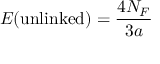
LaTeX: E ( \mathrm { u n l i n k e d } ) = { \frac { 4 N _ { F } } { 3 a } }